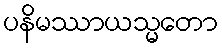
ပနိမဿာယသ္မတော